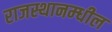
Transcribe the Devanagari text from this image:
राजस्थानम्धील